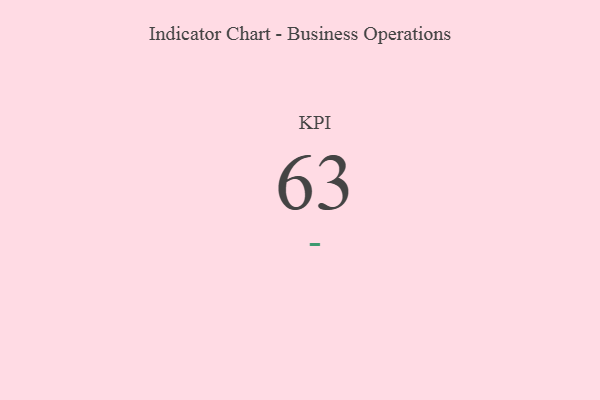
{"axis": {"x": "KPI", "y": "Value"}, "legend": [""], "data": [{"x": "KPI", "y": 63, "type": ""}]}